Loodushoiu_ja_Turismi_Instituut, lk 144
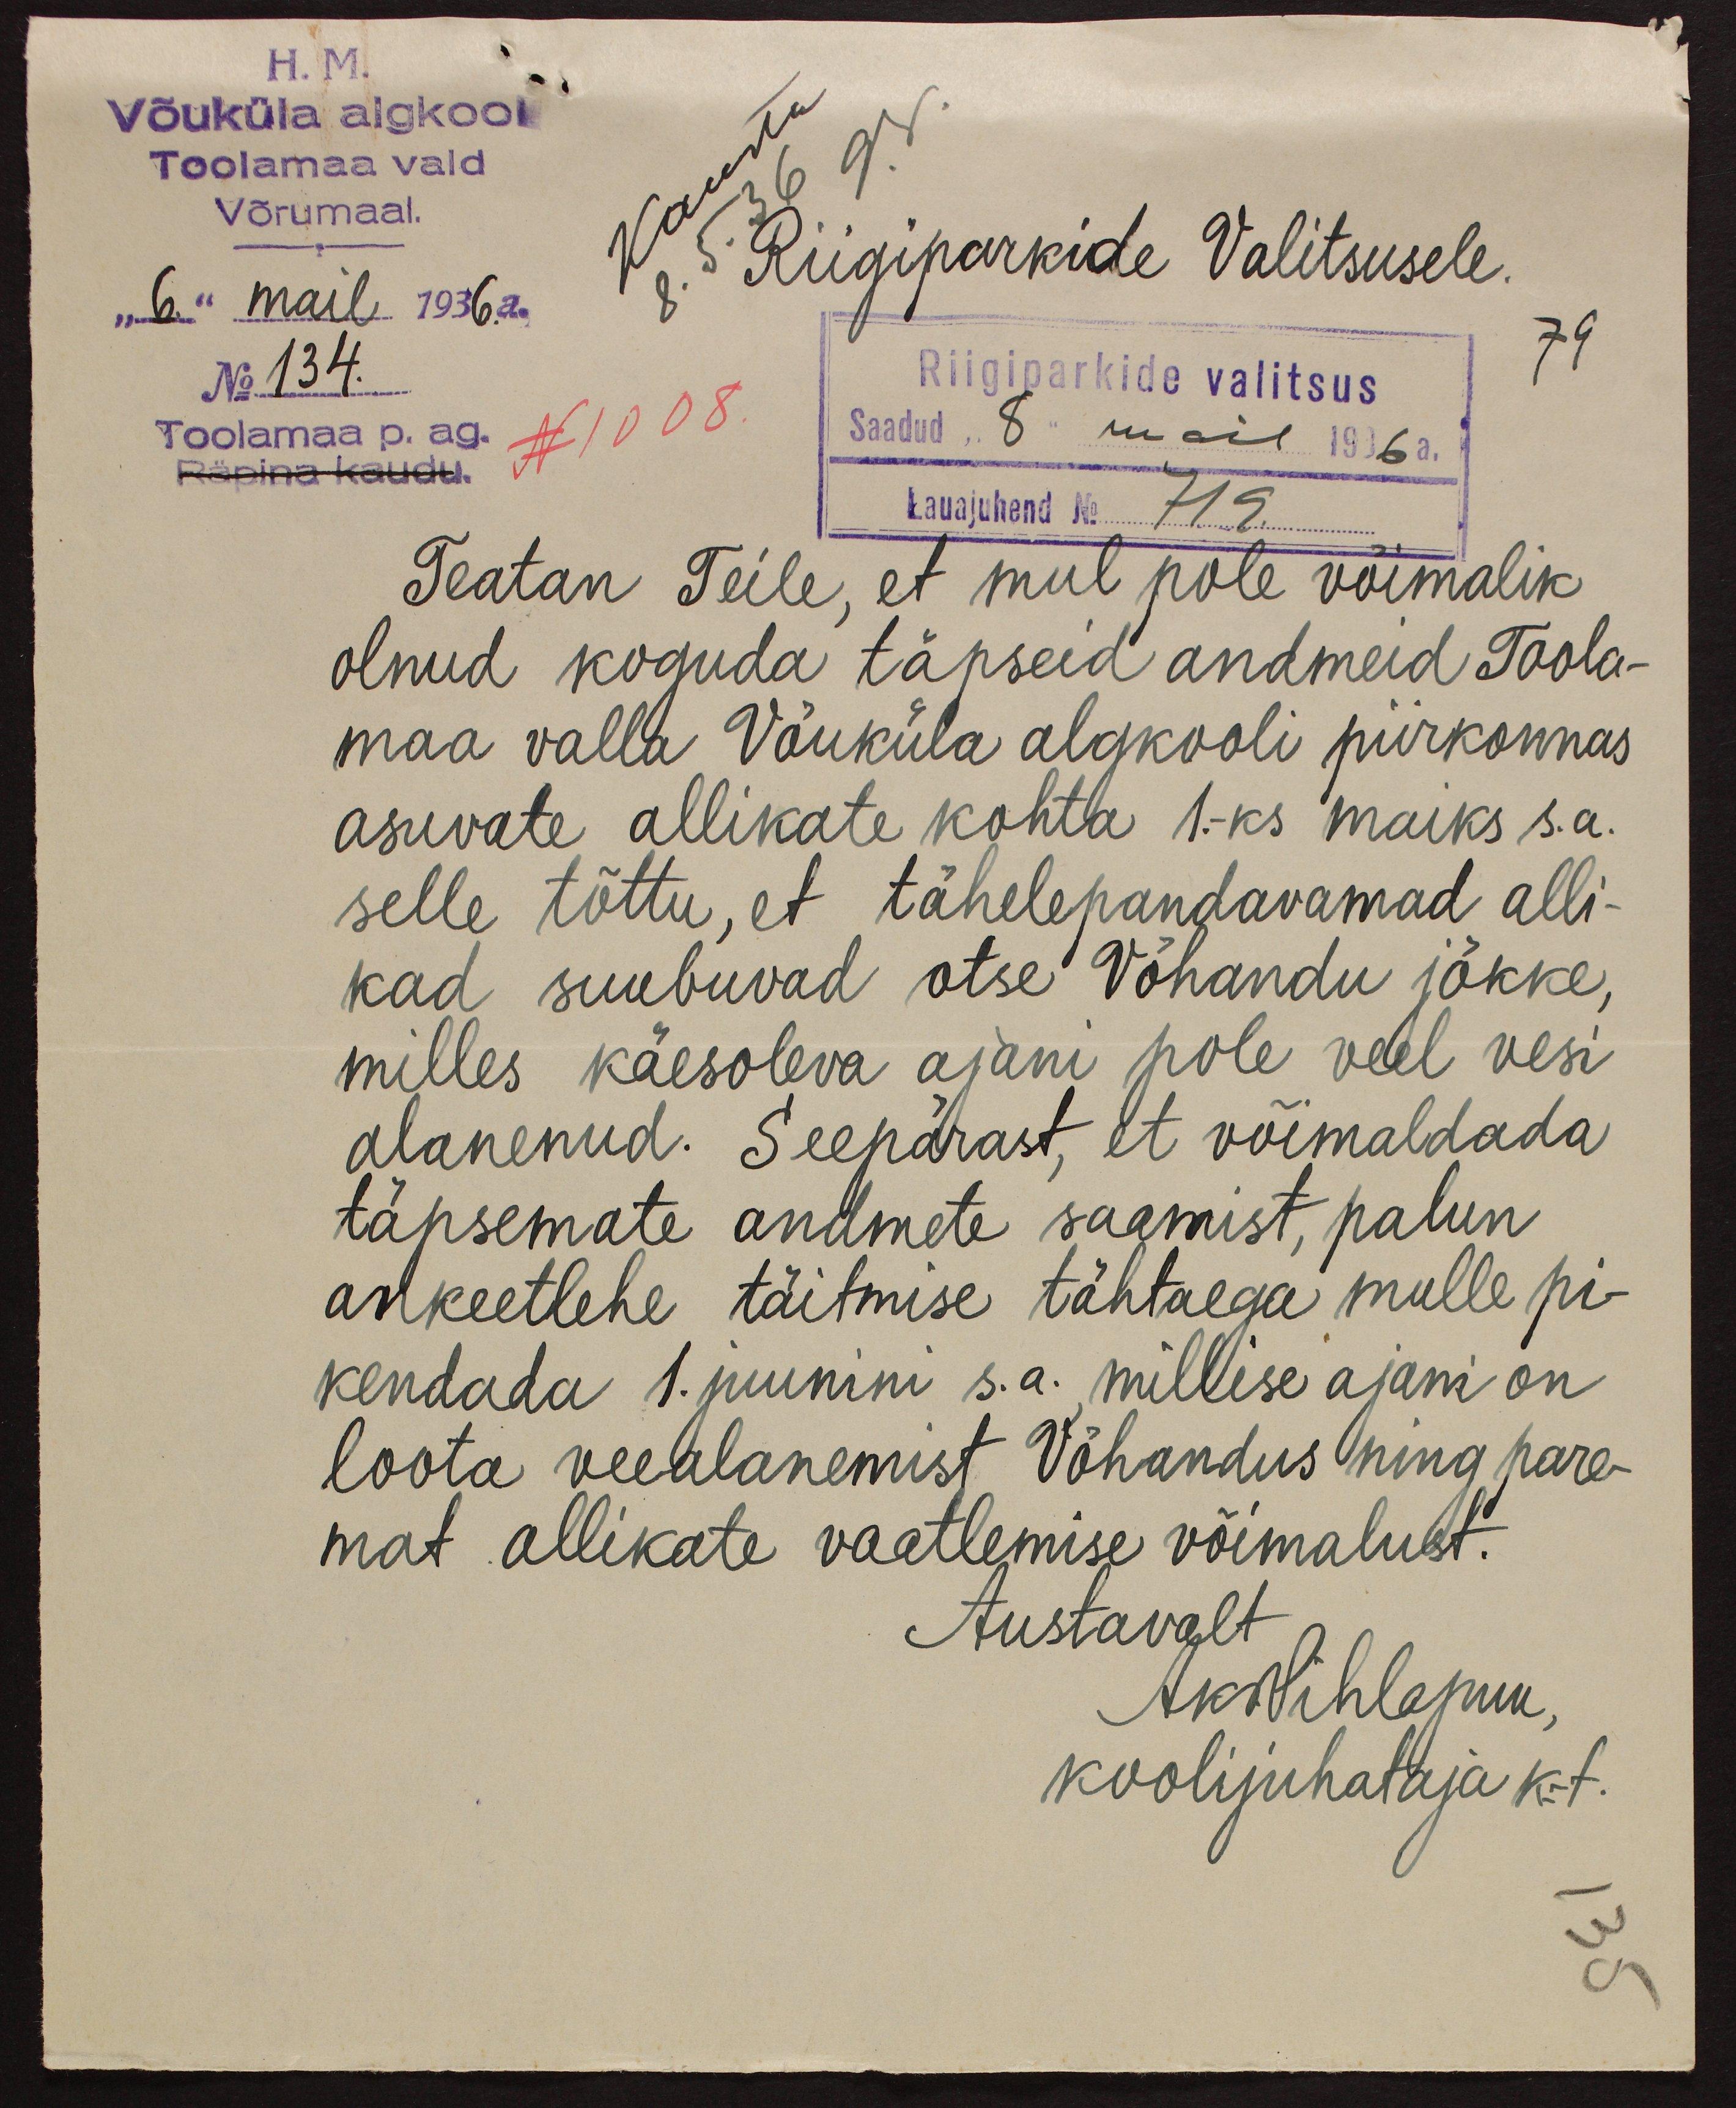
H.M.
Võuküla algkool
Toolamaa vald
Võrumaal.
"6" mail 1936. a.
Riigiparkide Valitsusele.
No 134.
Riigiparkide valitsus
79
Toolamaa p. ag.
N 1008.
Räpina kaudu.
Saadud "8" mail 1936 a.
Lauajuhend No 719
Teatan Teile, et mul pole võimalik
olnud koguda täpseid andmeid Toola-
maa valla Võuküla algkooli piirkonnas
asuvate allikate kohta 1-ks maiks s.a.
selle tõttu, et tähelepandavamad alli-
kad suubuvad otse Võhandu jõkke,
milles käesoleva ajani pole veel vesi
alanenud. Seepärast, et võimaldada
täpsemate andmete saamist, palun
ankeetlehe täitmise tähtaega mulle pi-
kendada 1. juunini s.a., millise ajani on
loota veealanemist Võhandus ning pare-
mat allikate vaatlemise võimalust.
Austavalt
Aks Pihlapuu
koolijuhataja k-t.